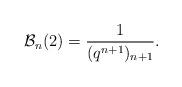
LaTeX: \begin{align*} \mathcal{B}_n(2) = \frac{1}{(q^{n+1})_{n+1}}.\end{align*}